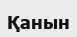
Қанын